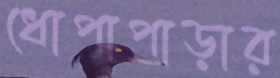
ধোপাপাড়ার